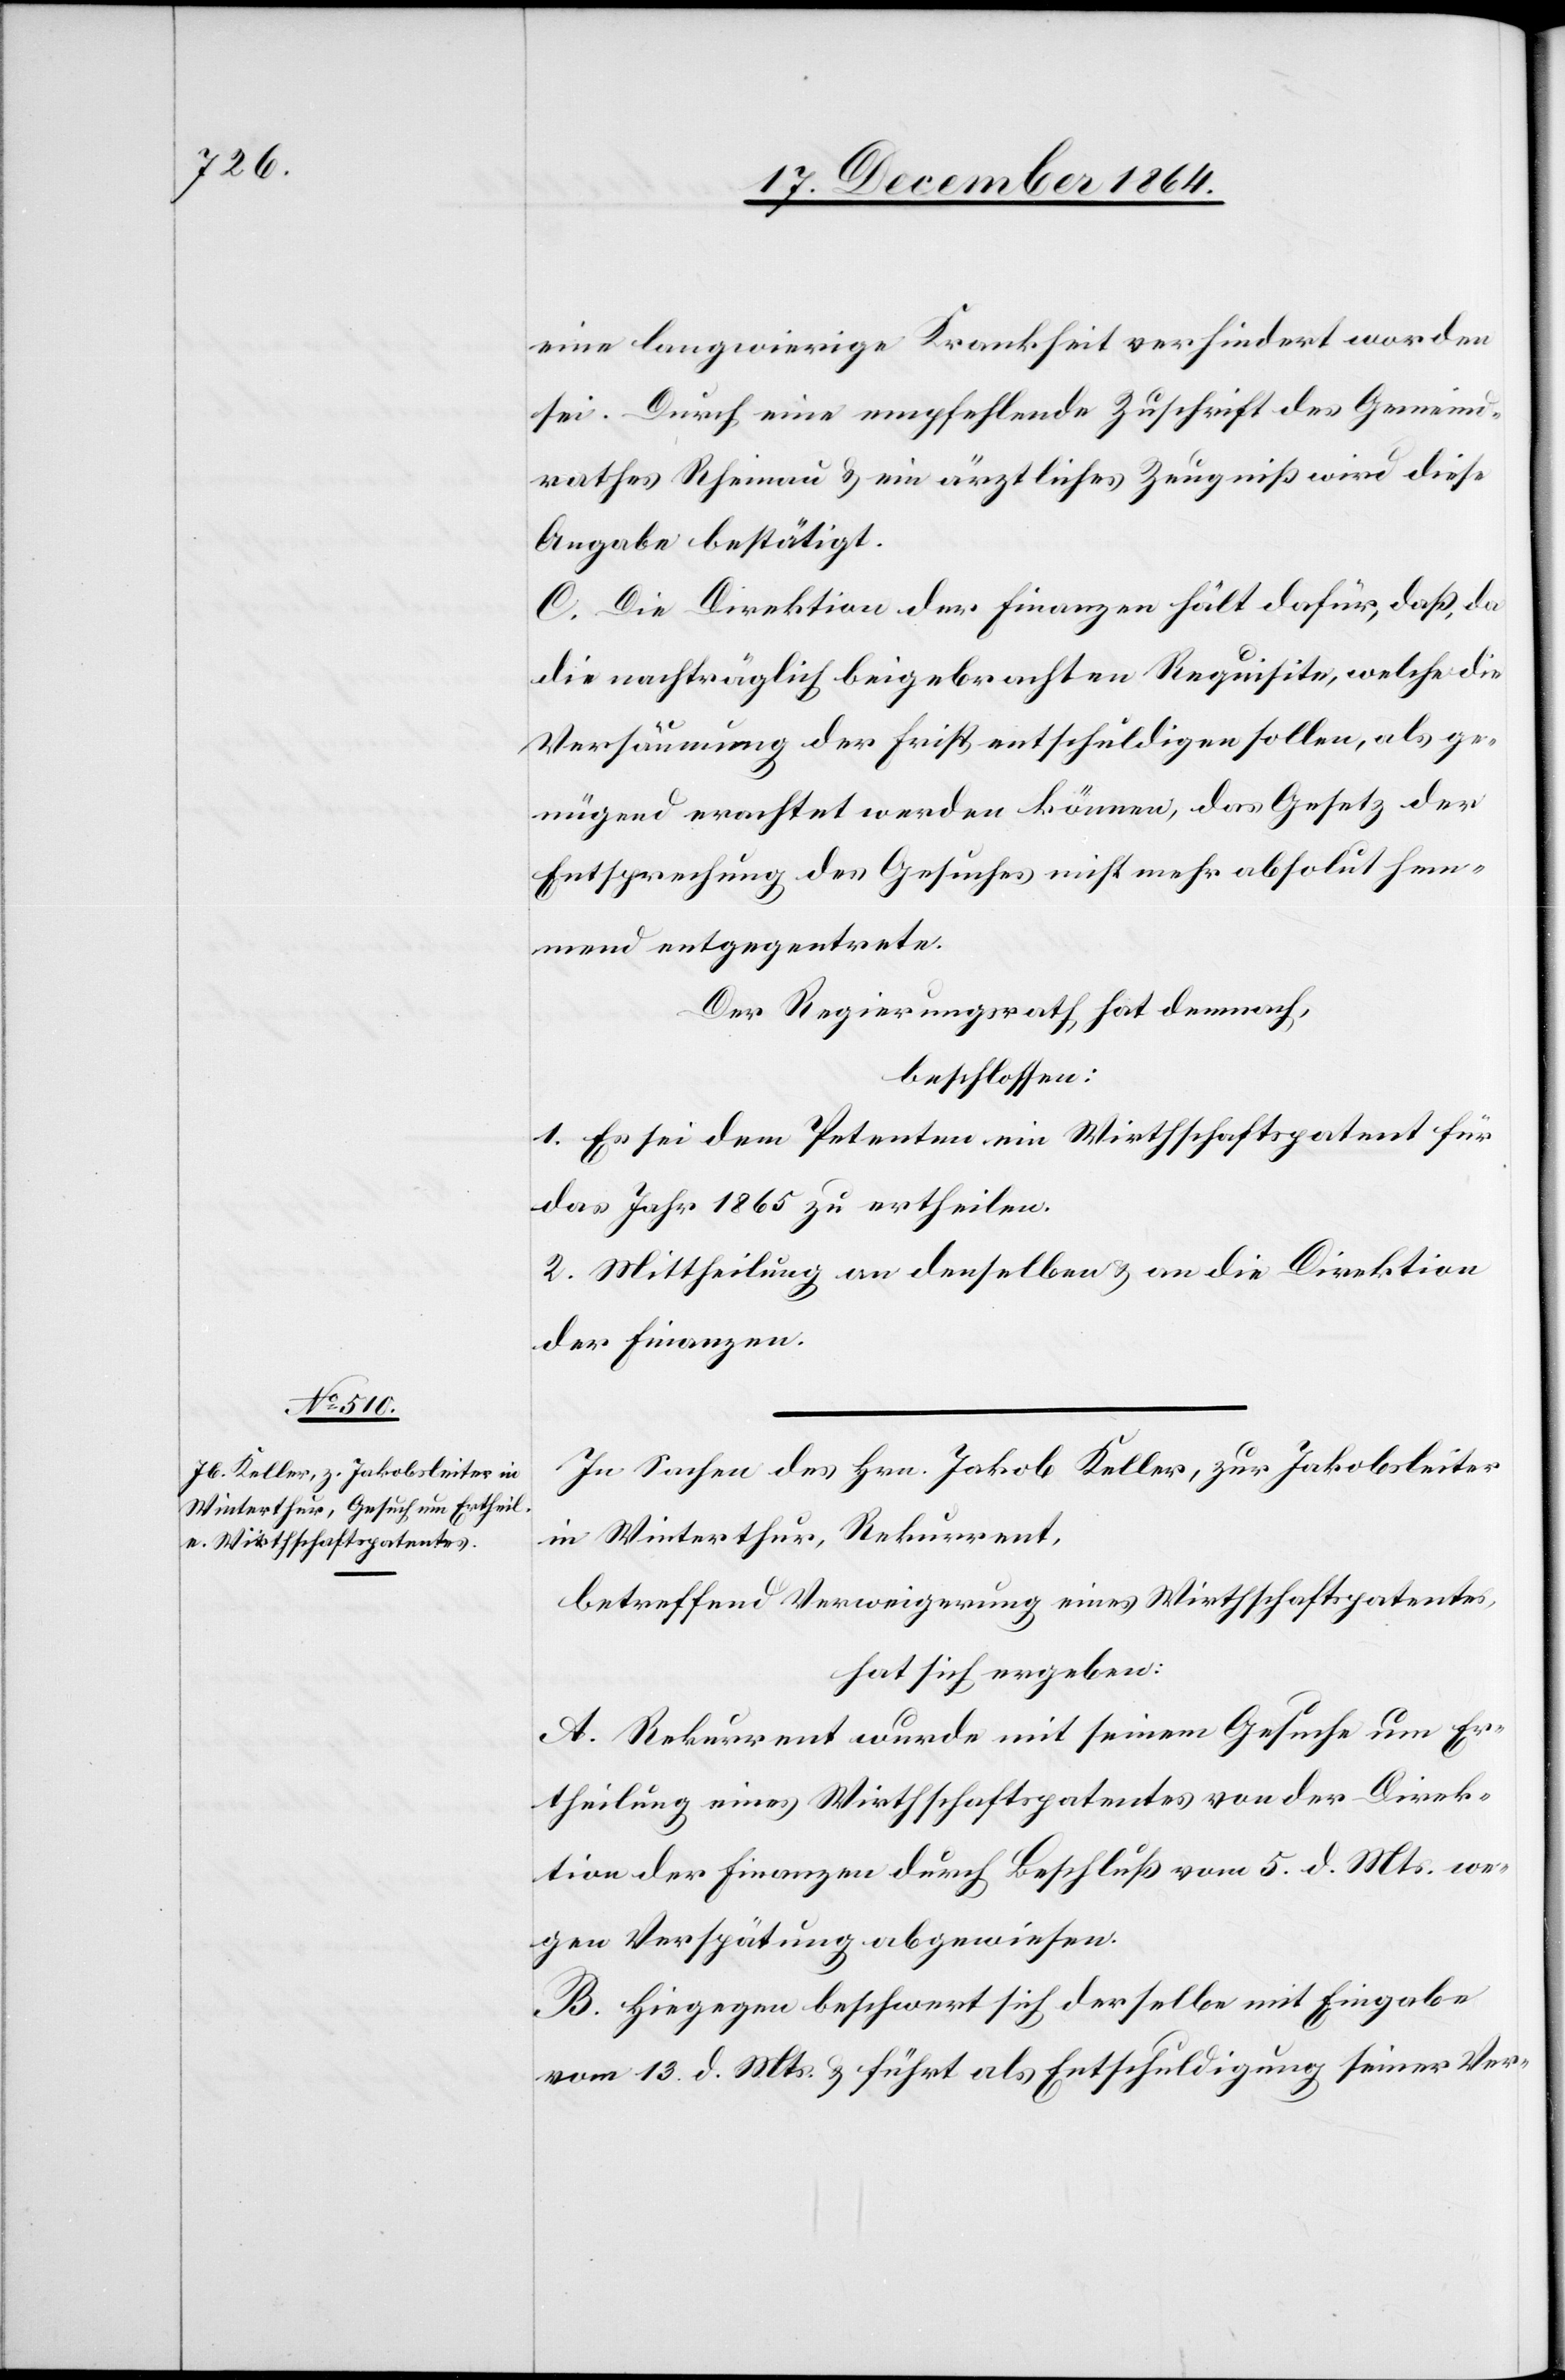
eine langwierige Krankheit verhindert worden
sei. Durch eine empfehlende Zuschrift des Gemeind¬
rathes Rheinau & ein ärztliches Zeugniß wird diese
Angabe bestätigt.
C. Die Direktion der Finanzen hält dafür, daß, da
die nachträglich beigebrachten Requisite, welche die
Versäumung der Frist entschuldigen sollen, als ge¬
nügend erachtet werden können, das Gesetzt der
Entsprechung des Gesuches nicht mehr absolut hem¬
mend entgegentrete.
Der Regierungsrath hat demnach,
beschlossen:
1. Es sei dem Petenten ein Wirthschaftspatent für
das Jahr 1865 zu ertheilen.
2. Mittheilung an denselben & an die Direktion
der Finanzen.
In Sachen des Hrn. Jakob Keller, zur Jakobsleiter
in Winterthur, Rekurrent,
betreffend Verweigerung eines Wirthschaftspatentes,
hat sich ergeben:
A. Rekurrent wurde mit seinem Gesuche um Er¬
theilung eines Wirthschaftspatentes von der Direk¬
tion der Finanzen durch Beschluß vom 5. d. Mts. we¬
gen Verspätung abgewiesen.
B. Hiegegen beschwert sich derselbe mit Eingabe
vom 13. d. Mts. & führt als Entschuldigung seiner Ver-